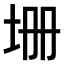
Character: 𡊢